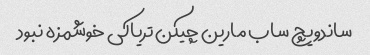
ساندویچ ساب مارین چیکن تریاکی خوشمزه نبود